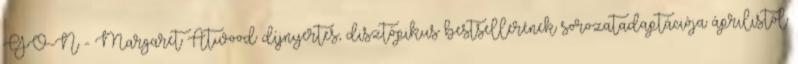
GO-N - Margaret Atwood díjnyertes, disztópikus bestsellerének sorozatadaptációja áprilistól